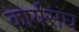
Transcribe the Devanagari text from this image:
कार्यसंघ